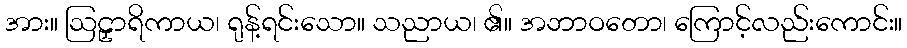
အား။ ဩဠှာရိကာယ၊ ရုန့်ရင်းသော။ သညာယ၊ ၏။ အဘာဝတော၊ ကြောင့်လည်းကောင်း။